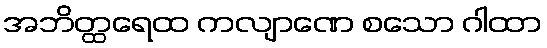
အဘိတ္ထရေထ ကလျာဏေ စသော ဂါထာ